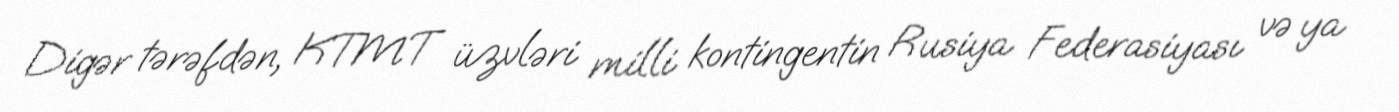
Digər tərəfdən, KTMT üzvləri milli kontingentin Rusiya Federasiyası və ya